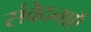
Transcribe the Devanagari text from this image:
संवेदनाऍं